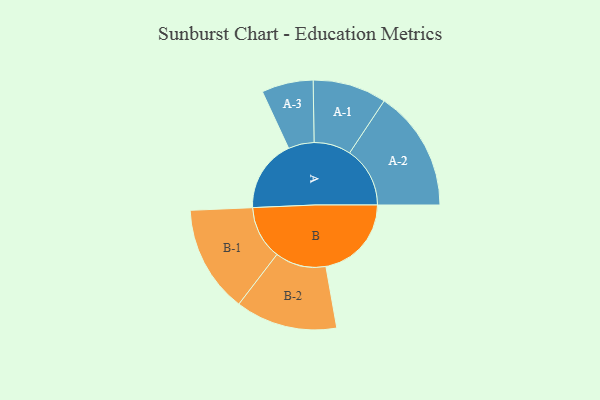
{"axis": {"x": "Segment", "y": "Value"}, "legend": ["", "A", "B"], "data": [{"x": "A", "y": 359, "type": ""}, {"x": "B", "y": 425, "type": ""}, {"x": "A-1", "y": 183, "type": "A"}, {"x": "A-2", "y": 300, "type": "A"}, {"x": "A-3", "y": 128, "type": "A"}, {"x": "B-1", "y": 266, "type": "B"}, {"x": "B-2", "y": 253, "type": "B"}]}